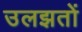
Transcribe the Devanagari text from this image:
उलझतों